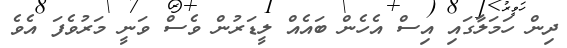
ދިން ހަމަލާގައި އިސް އެހެން ބައެއް ލީޑަރުން ވެސް ވަނީ މަރުވެފަ އެވެ